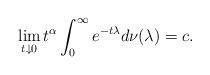
LaTeX: \begin{align*} \lim_{t \downarrow 0}t^\alpha \int_0 ^\infty e^{-t\lambda} d\nu (\lambda) = c. \end{align*}